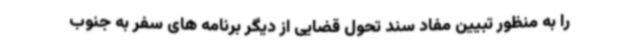
را به منظور تبیین مفاد سند تحول قضایی از دیگر برنامه های سفر به جنوب